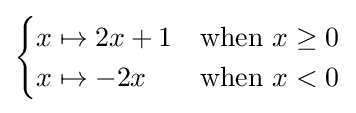
{\begin{cases}x\mapsto 2x+1&\mathrm {when~} x\geq 0\\x\mapsto -2x&\mathrm {when~} x<0\\\end{cases}}